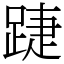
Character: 踕